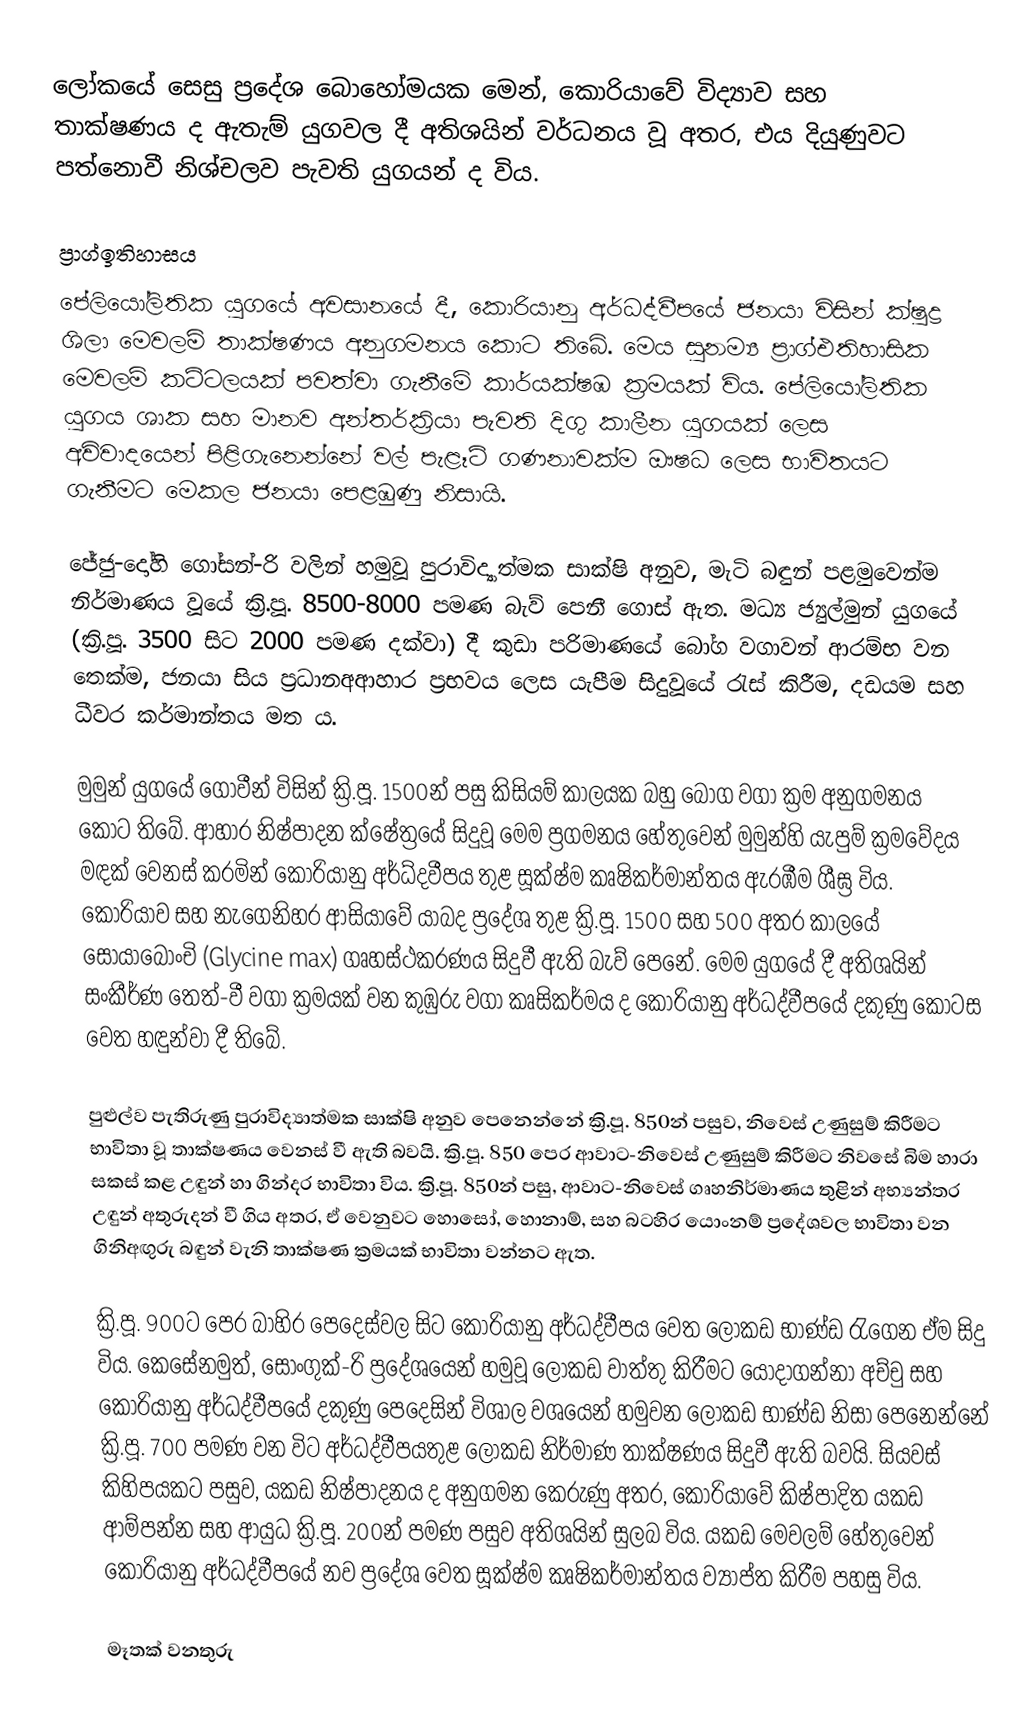
ලෝකයේ සෙසු ප්‍රදේශ බොහෝමයක මෙන්, කොරියාවේ විද්‍යාව සහ තාක්ෂණය ද ඇතැම් යුගවල දී අතිශයින් වර්ධනය වූ අතර, එය දියුණුවට පත්නොවී නිශ්චලව පැවති යුගයන් ද විය.

ප්‍රාග්ඉතිහාසය
පේලියෝලිතික යුගයේ අවසානයේ දී, කොරියානු අර්ධද්වීපයේ ජනයා විසින් ක්ෂුද්‍ර ශිලා මෙවලම් තාක්ෂණය අනුගමනය කොට තිබේ. මෙය සුනම්‍ය ප්‍රාග්එතිහාසික මෙවලම් කට්ටලයක් පවත්වා ගැනීමේ කාර්යක්ෂඹ ක්‍රමයක් විය. පේලියෝලිතික යුගය ශාක සහ මානව අන්තර්ක්‍රියා පැවති දිගු කාලීන යුගයක් ලෙස අවිවාදයෙන් පිළිගැනෙන්නේ වල් පැළෑටි ගණනාවක්ම ඖෂධ ලෙස භාවිතයට ගැනීමට මෙකල ජනයා පෙළඹුණු නිසායි.

ජේජු-දෝහි ගෝසන්-රි වලින් හමුවූ පුරාවිද්‍යාත්මක සාක්ෂි අනුව, මැටි බඳුන් පළමුවෙන්ම නිර්මාණය වූයේ ක්‍රි.පූ. 8500-8000 පමණ බැව් පෙනී ගොස් ඇත. මධ්‍ය ජ්‍යුල්මුන් යුගයේ (ක්‍රි.පූ. 3500 සිට 2000 පමණ දක්වා) දී කුඩා පරිමාණයේ බෝග වගාවන් ආරම්භ වන තෙක්ම, ජනයා සිය ප්‍රධානඅආහාර ප්‍රභවය ලෙස යැපීම සිදුවූයේ රැස් කිරීම, දඩයම සහ ධීවර කර්මාන්තය මත ය.

මුමුන් යුගයේ ගොවීන් විසින් ක්‍රි.පූ. 1500න් පසු කිසියම් කාලයක බහු බෝග වගා ක්‍රම අනුගමනය කොට තිබේ. ආහාර නිෂ්පාදන ක්ෂේත්‍රයේ සිදුවූ මෙම ප්‍රගමනය හේතුවෙන් මුමුන්හි යැපුම් ක්‍රමවේදය මඳක් වෙනස් කරමින් කොරියානු අර්ධ්දවීපය තුළ සූක්ෂ්ම කෘෂිකර්මාන්තය ඇරඹීම ශීඝ්‍ර විය. කොරියාව‍ සහ නැගෙනිහර ආසියාවේ යාබද ප්‍රදේශ තුළ ක්‍රි.පූ. 1500 සහ 500 අතර කාලයේ සෝයාබෝංචි (Glycine max) ගෘහස්ථකරණය සිදුවී ඇති බැව් පෙනේ. මෙම යුගයේ දී අතිශයින් සංකීර්ණ තෙත්-වී වගා ක්‍රමයක් වන කුඹුරු වගා කෘසිකර්මය ද කොරියානු අර්ධද්වීපයේ දකුණු කොටස වෙත හඳුන්වා දී තිබේ.

පුළුල්ව පැතිරුණු පුරාවිද්‍යාත්මක සාක්ෂි අනුව පෙනෙන්නේ ක්‍රි.පූ. 850න් පසුව, නිවෙස් උණුසුම් කිරීමට භාවිතා වූ තාක්ෂණය වෙනස් වී ඇති බවයි. ක්‍රි.පූ. 850 පෙර ආවාට-නිවෙස් උණුසුම් කිරීමට නිවසේ බිම හාරා සකස් කළ උඳුන් හා ගින්දර භාවිතා විය. ක්‍රි.පූ. 850න් පසු, ආවාට-නිවෙස් ගෘහනිර්මාණය තුළින් අභ්‍යන්තර උඳුන් අතුරුදන් වී ගිය අතර, ඒ වෙනුවට හොසෝ, හොනාම්, සහ බටහිර යොංනම් ප්‍රදේශවල භාවිතා වන ගිනිඅඟුරු බඳුන් වැනි තාක්ෂණ ක්‍රමයක් භාවිතා වන්නට ඇත.

ක්‍රි.පූ. 900ට පෙර බාහිර පෙදෙස්වල සිට කොරියානු අර්ධද්වීපය වෙත ලෝකඩ භාණ්ඩ රැගෙන ඒම සිදු විය. කෙසේනමුත්, සොංගුක්-රි ප්‍රදේශයෙන් හමුවූ ලෝකඩ වාත්තු කිරීමට යොදාගන්නා අච්චු සහ කොරියානු අර්ධද්වීපයේ දකුණු පෙදෙසින් විශාල වශයෙන් හමුවන ලෝකඩ භාණ්ඩ නිසා පෙනෙන්නේ ක්‍රි.පූ. 700 පමණ වන විට අර්ධද්වීපයතුළ ලෝකඩ නිර්මාණ තාක්ෂණය සිදුවී ඇති බවයි. සියවස් කිහිපයකට පසුව, යකඩ නිෂ්පාදනය ද අනුගමන කෙරුණු අතර, කොරියාවේ කිෂ්පාදිත යකඩ ආම්පන්න සහ ආයුධ ක්‍රි.පූ. 200න් පමණ පසුව අතිශයින් සුලබ විය. යකඩ මෙවලම් හේතුවෙන් කොරියානු අර්ධද්වීපයේ නව ප්‍රදේශ වෙත සූක්ෂ්ම කෘෂිකර්මාන්තය ව්‍යාප්ත කිරීම පහසු විය.

මෑතක් වනතුරු